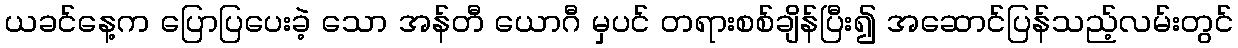
ယခင်နေ့က ပြောပြပေးခဲ့ သော အန်တီ ယောဂီ မှပင် တရားစစ်ချိန်ပြီး၍ အဆောင်ပြန်သည့်လမ်းတွင်